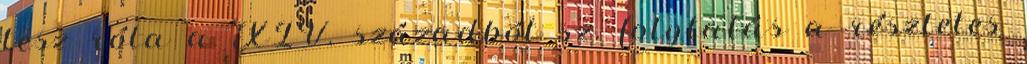
tesz róla a XIV. századból sz. folytatás a részletes